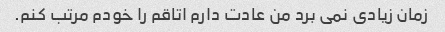
زمان زیادی نمی برد من عادت دارم اتاقم را خودم مرتب کنم.